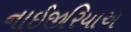
નાઈજીરિયાએ